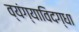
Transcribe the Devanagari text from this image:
व्यंग्याविदग्धा